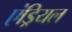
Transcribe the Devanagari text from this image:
एंड्रियल